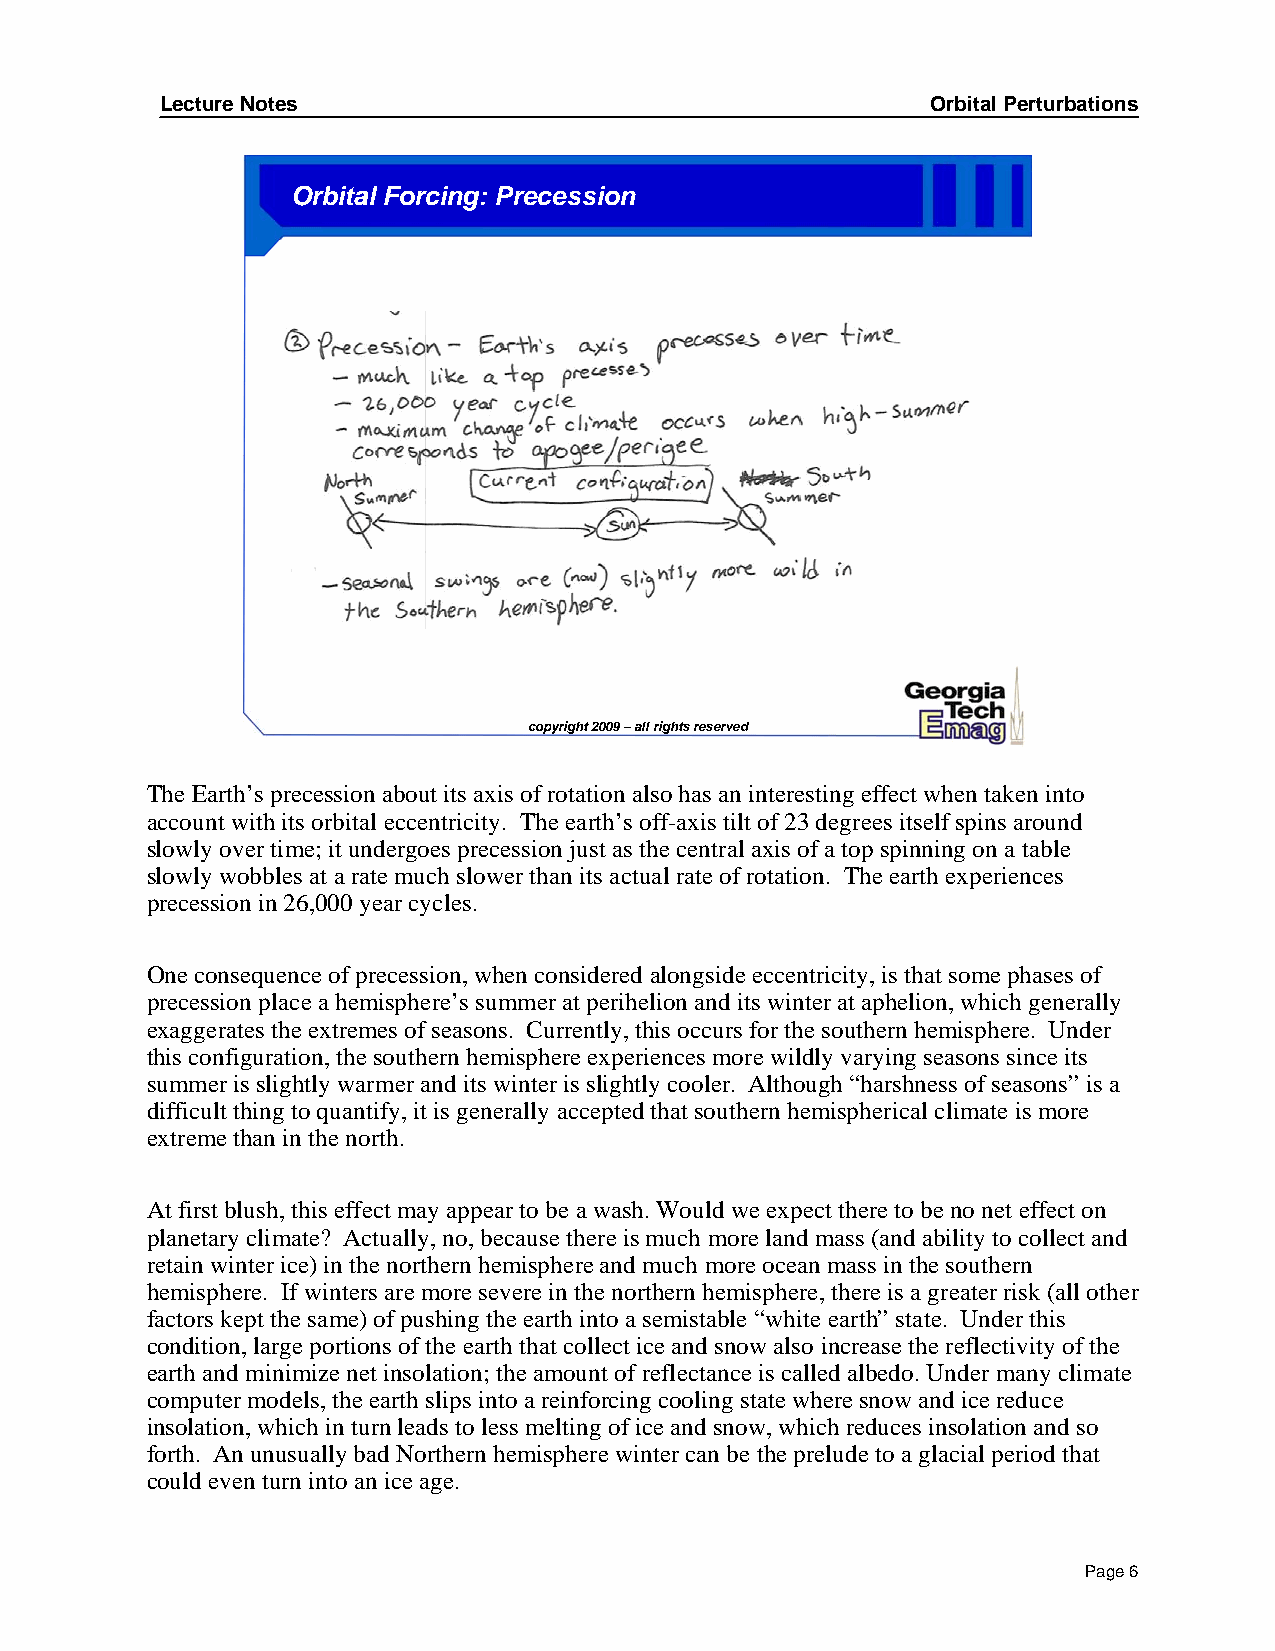
Lecture Notes                                      Orbital Perturbations
 Orbital Forcing: Precession
 copyright 2009 –all rights reserved
 The Earth’s precession about its axis of rotation also has an interesting effect when taken into
 account with its orbital eccentricity. The earth’s off-axis tilt of 23 degrees itself spins around
 slowly over time; it undergoes precession just as the central axis of a top spinning on a table
 slowly wobbles at a rate much slower than its actual rate of rotation. The earth experiences
 precession in 26,000 year cycles.
 One consequence of precession, when considered alongside eccentricity, is that some phases of
 precession place a hemisphere’s summer at perihelion and its winter at aphelion, which generally
 exaggerates the extremes of seasons. Currently, this occurs for the southern hemisphere. Under
 this configuration, the southern hemisphere experiences more wildly varying seasons since its
 summer is slightly warmer and its winter is slightly cooler. Although “harshness of seasons” is a
 difficult thing to quantify, it is generally accepted that southern hemispherical climate is more
 extreme than in the north.
 At first blush, this effect may appear to be a wash. Would we expect there to be no net effect on
 planetary climate? Actually, no, because there is much more land mass (and ability to collect and
 retain winter ice) in the northern hemisphere and much more ocean mass in the southern
 hemisphere. If winters are more severe in the northern hemisphere, there is a greater risk (all other
 factors kept the same) of pushing the earth into a semistable “white earth” state. Under this
 condition, large portions of the earth that collect ice and snowalso increase the reflectivity of the
 earth and minimize net insolation; the amount of reflectance is called albedo. Under many climate
 computer models, the earth slips into a reinforcing cooling state where snow and ice reduce
 insolation, which in turn leads to less melting of ice and snow, which reduces insolationand so
 forth. An unusually bad Northern hemisphere winter can be the prelude to a glacial period that
 could even turn into an ice age.
 Page 6